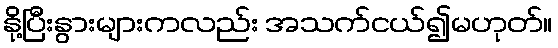
နို့ပြီးနွားများကလည်း အသက်ငယ်၍မဟုတ်။